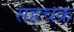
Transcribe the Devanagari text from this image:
सहचक्र